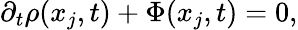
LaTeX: \partial_{t}\rho(x_{j},t)+\Phi(x_{j},t)=0,